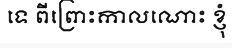
ទេ ពីព្រោះកាលណោះ ខ្ញុំ